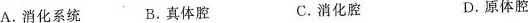
A.消化系统 B.真体腔 C.消化腔 D.原体腔